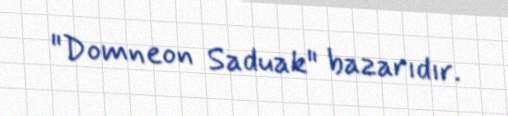
"Domneon Saduak" bazarıdır.